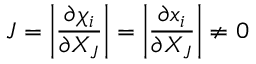
\ J = \left| { \frac { \partial \chi _ { i } } { \partial X _ { J } } } \right| = \left| { \frac { \partial x _ { i } } { \partial X _ { J } } } \right| \neq 0